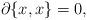
LaTeX: \begin{align*} \partial \{x,x\}=0,\end{align*}